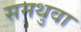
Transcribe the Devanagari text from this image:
समथुवा